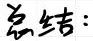
总结：